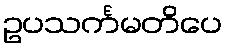
ဥပသင်္ကမတိပေ